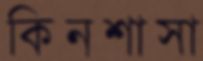
কিনশাসা